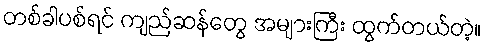
တစ်ခါပစ်ရင် ကျည်ဆန်တွေ အများကြီး ထွက်တယ်တဲ့။